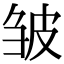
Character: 皱